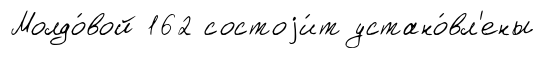
Молдо́вой 162 состоjи́т устано́вл'ены